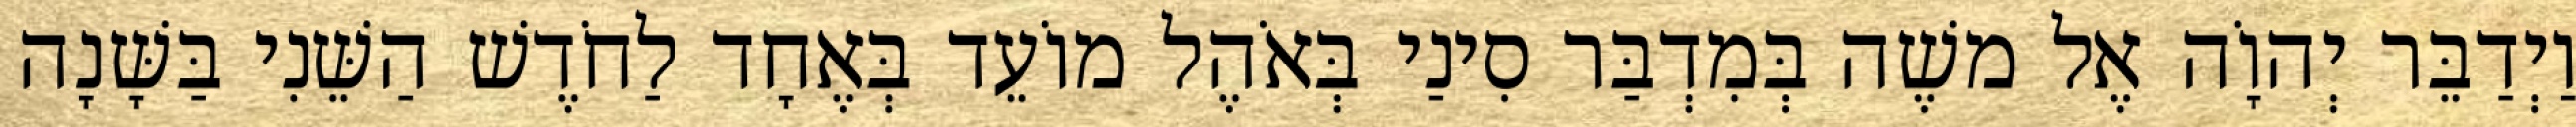
וַיְדַבֵּר יְהוָֹה אֶל משֶׁה בְּמִדְבַּר סִינַי בְּאֹהֶל מוֹעֵד בְּאֶחָד לַחֹדֶשׁ הַשֵּׁנִי בַּשָּׁנָה